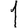
Digit: 1